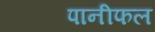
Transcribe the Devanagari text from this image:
पानीफल